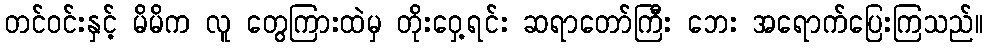
တင်ဝင်းနှင့် မိမိက လူ တွေကြားထဲမှ တိုးဝှေ့ရင်း ဆရာတော်ကြီး ဘေး အရောက်ပြေးကြသည်။